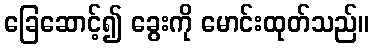
ခြေဆောင့်၍ ခွေးကို မောင်းထုတ်သည်။